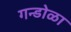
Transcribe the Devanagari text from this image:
गन्डोळा